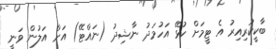
ބާކީކުރިއިރު އެ ޓީމަށް ކުޅޭ އަހުމަދު ނާޝިދު (ނައްޓޭ) އަށް އަލުން ވަނީ